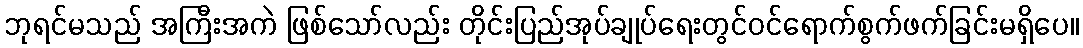
ဘုရင်မသည် အကြီးအကဲ ဖြစ်သော်လည်း တိုင်းပြည်အုပ်ချုပ်ရေးတွင်ဝင်ရောက်စွက်ဖက်ခြင်းမရှိပေ။